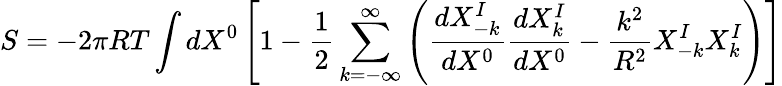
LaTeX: S=-2\pi RT\int dX^{0}\left[1-{\frac{1}{2}}\sum_{k=-\infty}^{\infty}\left({\frac{dX_{-k}^{I}}{dX^{0}}}{\frac{dX_{k}^{I}}{dX^{0}}}-{\frac{k^{2}}{R^{2}}}X_{-k}^{I}X_{k}^{I}\right)\right]